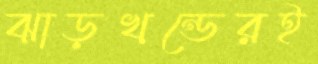
ঝাড়খন্ডেরই